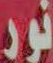
نور